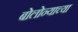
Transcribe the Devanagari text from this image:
बोलोन्याच्या